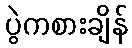
ပွဲကစားချိန်